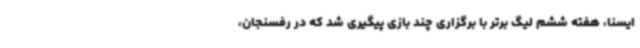
ایسنا، هفته ششم لیگ برتر با برگزاری چند بازی پیگیری شد که در رفسنجان،